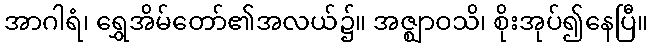
အာဂါရံ၊ ရွှေအိမ်တော်၏အလယ်၌။ အဇ္ဈာဝသိ၊ စိုးအုပ်၍နေပြီ။